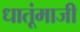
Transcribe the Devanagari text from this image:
धातूंमाजी